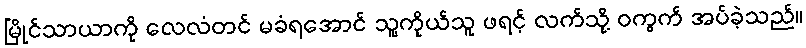
မြိုင်သာယာကို လေလံတင် မခံရအောင် သူ့ကိုယ်သူ ဖရင့် လက်သို့ ဝကွက် အပ်ခဲ့သည်။